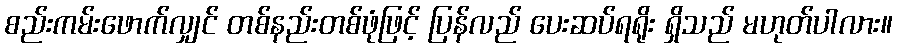
စည်းကမ်းဖောက်လျှင် တစ်နည်းတစ်ဖုံဖြင့် ပြန်လည် ပေးဆပ်ရရိုး ရှိသည် မဟုတ်ပါလား။